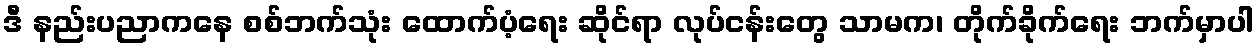
ဒီ နည်းပညာကနေ စစ်ဘက်သုံး ထောက်ပံ့ရေး ဆိုင်ရာ လုပ်ငန်းတွေ သာမက၊ တိုက်ခိုက်ရေး ဘက်မှာပါ